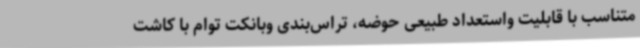
متناسب با قابلیت واستعداد طبیعی حوضه، تراس‌بندی وبانکت توام با کاشت